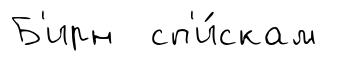
Б'ирн сп'и́скам